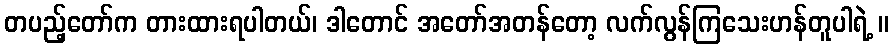
တပည့်တော်က တားထားရပါတယ်၊ ဒါတောင် အတော်အတန်တော့ လက်လွန်ကြသေးဟန်တူပါရဲ့ ။